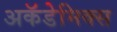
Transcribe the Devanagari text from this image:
अकॅडेमिक्स